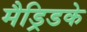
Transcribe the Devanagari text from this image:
मैड्रिडके